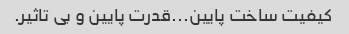
کیفیت ساخت پایین...قدرت پایین و بی تاثیر.